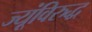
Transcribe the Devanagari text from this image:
ज्यूंविरुद्ध